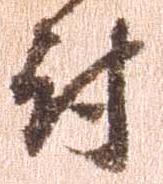
討